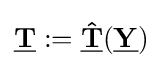
{\underline {\mathbf {T} }}:={\underline {\mathbf {\hat {T}} }}({\underline {\mathbf {Y} }})